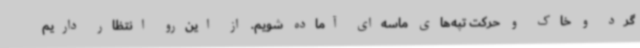
گرد و خاک و حرکت تپه‌های ماسه‌ای آماده شویم. از این‌رو انتظار داریم